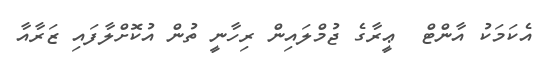
އެކަމަކު އާންޓް  ޢީރާގެ ޖުމްލައިން ރިހާނީ ތުން އުކޮށްލާފައި ޒަރާއާ